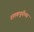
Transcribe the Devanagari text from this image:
शतकपूर्वीच्या